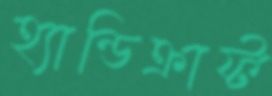
হ্যান্ডিক্রাফ্ট